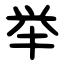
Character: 举